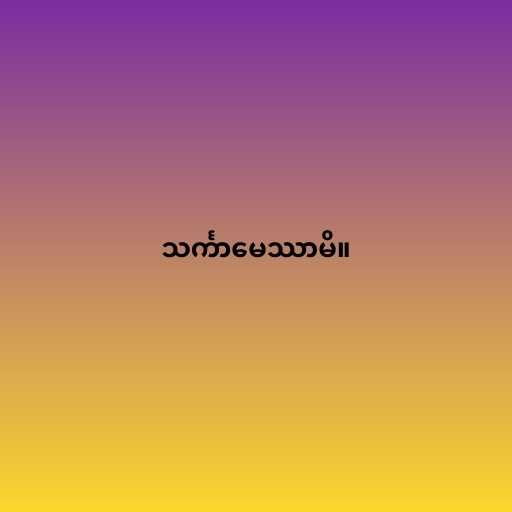
သင်္ကာမေဿာမိ။